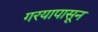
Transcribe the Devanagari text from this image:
गरयापासून